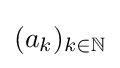
(a_{k})_{k\in \mathbb {N} }